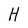
Character: H